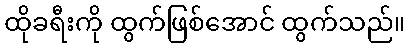
ထိုခရီးကို ထွက်ဖြစ်အောင် ထွက်သည်။